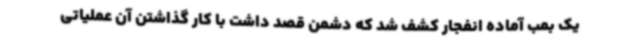
یک بمب آماده انفجار کشف شد که دشمن قصد داشت با کار گذاشتن آن عملیاتی